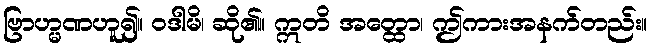
ဗြာဟ္မဏဟူ၍။ ဝဒါမိ၊ ဆို၏။ ဣတိ အတ္ထော၊ ဤကားအနက်တည်း။